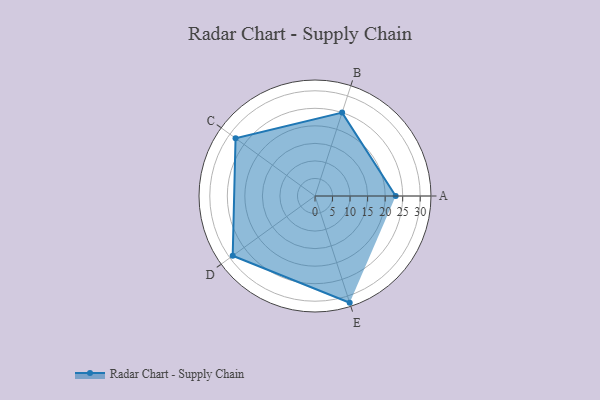
{"axis": {"x": "Skill", "y": "Score"}, "legend": ["Profile"], "data": [{"x": "A", "y": 23.0, "type": "Profile"}, {"x": "B", "y": 25.0, "type": "Profile"}, {"x": "C", "y": 28.0, "type": "Profile"}, {"x": "D", "y": 29.0, "type": "Profile"}, {"x": "E", "y": 32.0, "type": "Profile"}]}